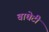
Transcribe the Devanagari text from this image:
बाघेटी